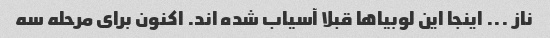
ناز ... اینجا این لوبیاها قبلا آسیاب شده اند. اکنون برای مرحله سه